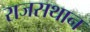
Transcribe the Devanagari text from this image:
राजसथान